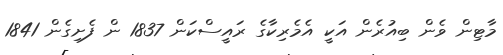
މާޓިން ވެން ބިއުރެން އަކީ އެމެރިކާގެ ރައީސްކަން 1837 ން ފެށިގެން 1841